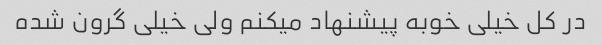
در کل خیلی خوبه پیشنهاد میکنم ولی خیلی گرون شده